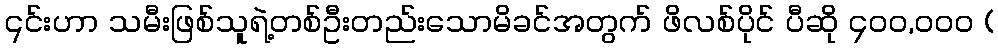
၎င်းဟာ သမီးဖြစ်သူရဲ့တစ်ဦးတည်းသောမိခင်အတွက် ဖိလစ်ပိုင် ပီဆို ၄၀၀,ဝဝဝ (